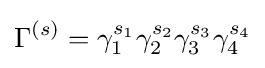
\Gamma ^{(s)}=\gamma _{1}^{s_{1}}\gamma _{2}^{s_{2}}\gamma _{3}^{s_{3}}\gamma _{4}^{s_{4}}